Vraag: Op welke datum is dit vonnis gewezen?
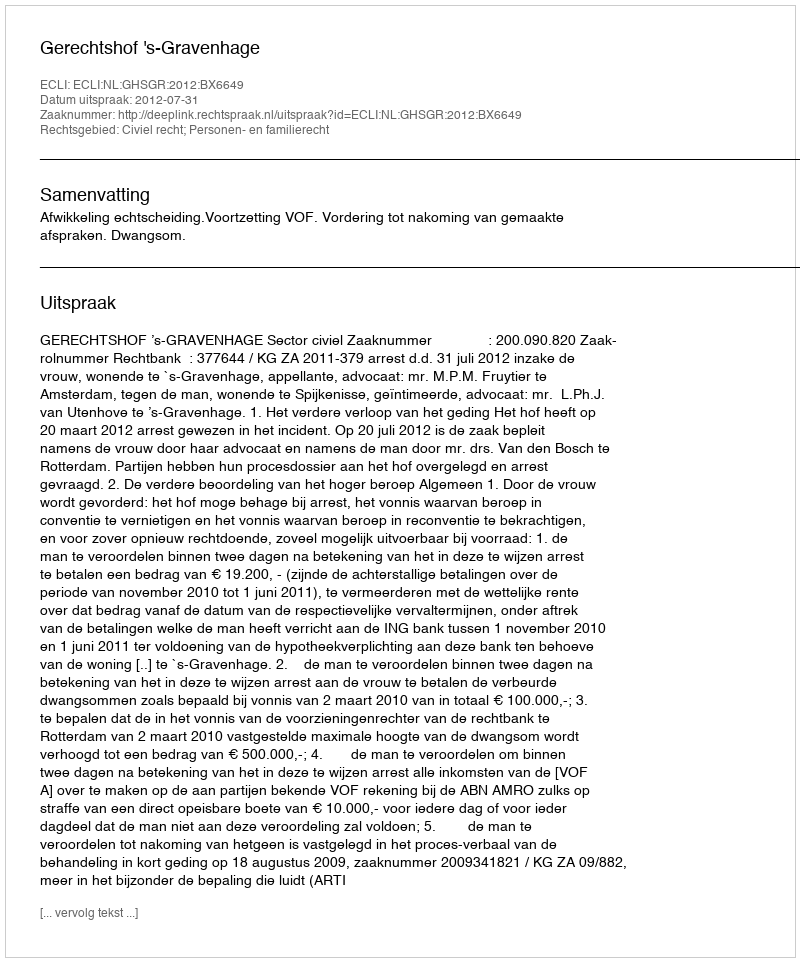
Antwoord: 2012-07-31